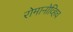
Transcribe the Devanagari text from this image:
रोमानोव्हिच